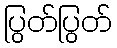
ပြွတ်ပြွတ်